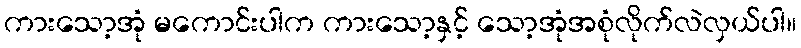
ကားသော့အုံ မကောင်းပါက ကားသော့နှင့် သော့အုံအစုံလိုက်လဲလှယ်ပါ။